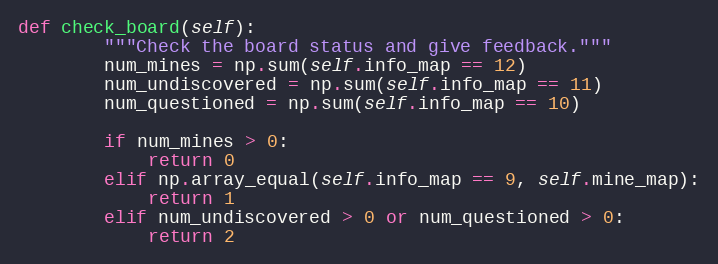
Language: Python
def check_board(self):
        """Check the board status and give feedback."""
        num_mines = np.sum(self.info_map == 12)
        num_undiscovered = np.sum(self.info_map == 11)
        num_questioned = np.sum(self.info_map == 10)

        if num_mines > 0:
            return 0
        elif np.array_equal(self.info_map == 9, self.mine_map):
            return 1
        elif num_undiscovered > 0 or num_questioned > 0:
            return 2